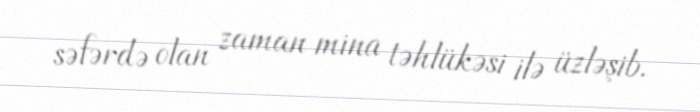
səfərdə olan zaman mina təhlükəsi ilə üzləşib.